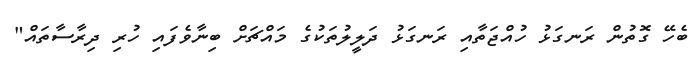
ބެހޭ ގޮތުން ރަނގަޅު ހުއްޖަތާއި ރަނގަޅު ދަލީލުތަކުގެ މައްޗަށް ބިނާވެފައި ހުރި ދިރާސާތައް"